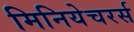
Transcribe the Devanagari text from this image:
मिनियेचरर्स